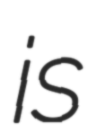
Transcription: is